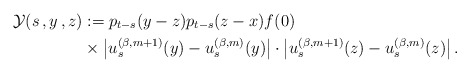
\begin{align*}\mathcal{Y}(s\,,y\,,z) &:= p_{t-s}(y-z) p_{t-s}(z-x)f(0) \\&\times\left| u^{(\beta,m+1)}_s(y)-u^{(\beta,m)}_s(y) \right|\cdot \left|u^{(\beta,m+1)}_s(z)-u^{(\beta,m)}_s(z) \right|.\end{align*}